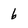
Character: 6